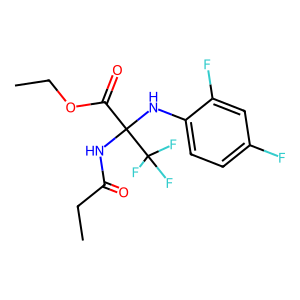
SMILES: CCOC(=O)C(NC(=O)CC)(Nc1ccc(F)cc1F)C(F)(F)F
Inhibits HIV replication: No